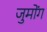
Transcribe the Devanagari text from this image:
जुमोंग